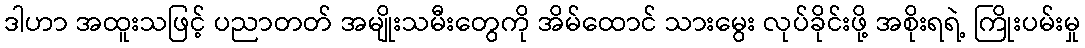
ဒါဟာ အထူးသဖြင့် ပညာတတ် အမျိုးသမီးတွေကို အိမ်ထောင် သားမွေး လုပ်ခိုင်းဖို့ အစိုးရရဲ့ ကြိုးပမ်းမှု